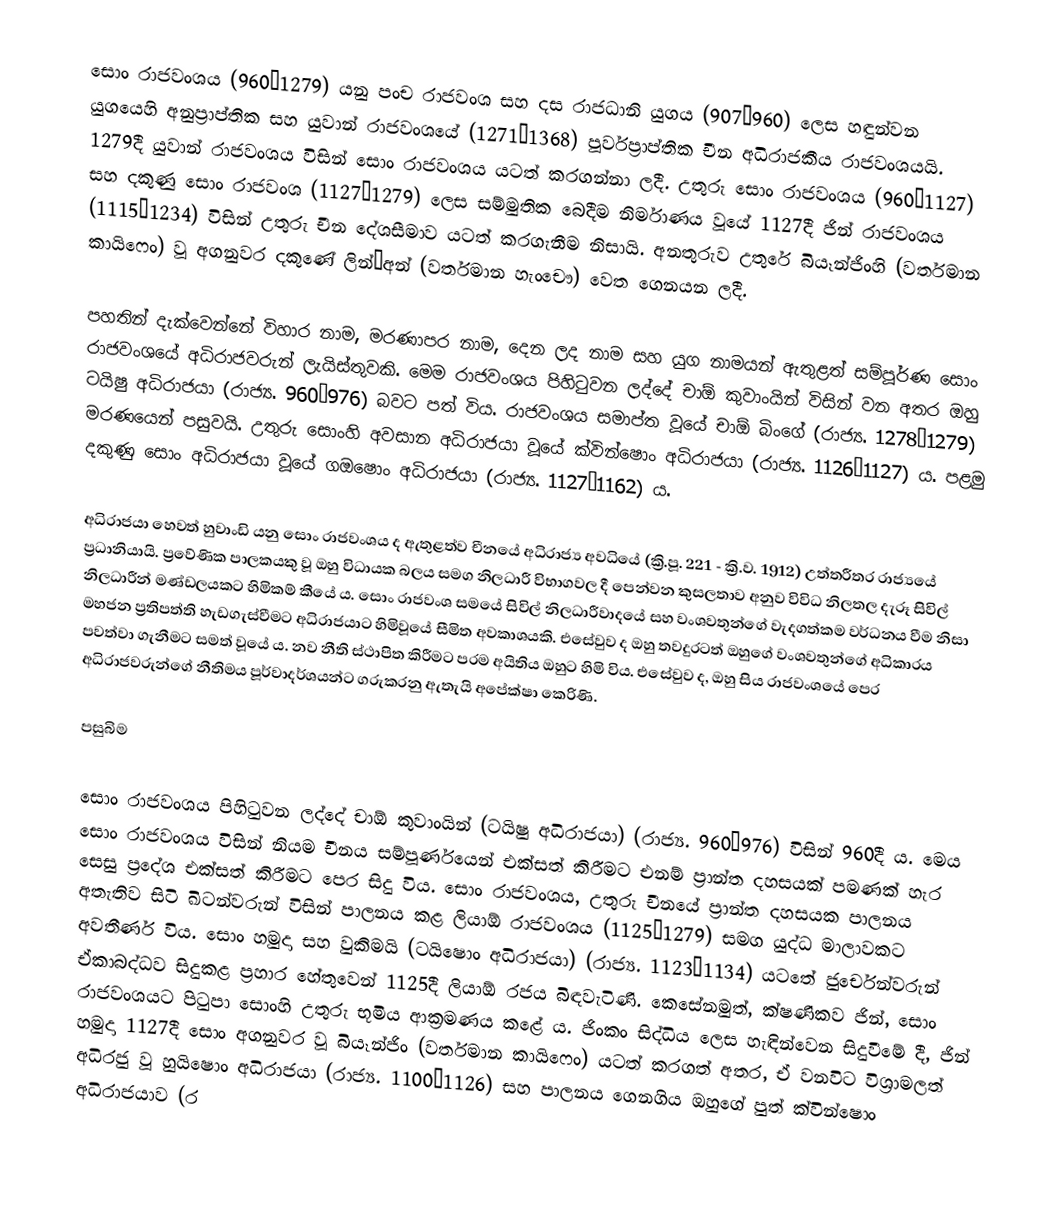
සොං රාජවංශය (960–1279) යනු පංච රාජවංශ සහ දස රාජධානි යුගය (907–960) ලෙස හඳුන්වන යුගයෙහි අනුප්‍රාප්තික සහ යුවාන් රාජවංශයේ (1271–1368) පූර්වප්‍රාප්තික චීන අධිරාජකීය රාජවංශයයි. 1279දී  යුවාන් රාජවංශය විසින් සොං රාජවංශය යටත් කරගන්නා ලදී. උතුරු සොං රාජවංශය (960–1127) සහ දකුණු සොං රාජවංශ (1127–1279) ලෙස සම්මුතික බෙදීම නිර්මාණය වූයේ 1127දී ජින් රාජවංශය (1115–1234) විසින් උතුරු චීන දේශසීමාව යටත් කරගැනීම නිසායි. අනතුරුව උතුරේ බියෑන්ජිංහි (වර්තමාන කායිෆෙං) වූ අගනුවර දකුණේ ලින්’අන් (වර්තමාන හැංචෞ) වෙත ගෙනයන ලදී.

පහතින් දැක්වෙන්නේ විහාර නාම, මරණාපර නාම, දෙන ලද නාම සහ යුග නාමයන් ඇතුළත් සම්පූර්ණ සොං රාජවංශයේ අධිරාජවරුන් ලැයිස්තුවකි. මෙම රාජවංශය පිහිටුවන ලද්දේ චාඕ කුවාංයින් විසින් වන අතර ඔහු ටයිෂු අධිරාජයා (රාජ්‍ය. 960–976) බවට පත් විය. රාජවංශය සමාප්ත වූයේ චාඕ බිංගේ (රාජ්‍ය. 1278–1279) මරණයෙන් පසුවයි. උතුරු සොංහි අවසාන අධිරාජයා වූයේ ක්වින්ෂොං අධිරාජයා (රාජ්‍ය. 1126–1127) ය. පළමු දකුණු සොං අධිරාජයා වූයේ ගඔෂොං අධිරාජයා (රාජ්‍ය. 1127–1162) ය.

අධිරාජයා හෙවත් හුවාංඩි යනු සොං රාජවංශය ද ඇතුළත්ව චීනයේ අධිරාජ්‍ය අවධියේ (ක්‍රි.පූ. 221 - ක්‍රි.ව. 1912) උත්තරීතර රාජ්‍යයේ ප්‍රධානියායි. ප්‍රවේණික පාලකයකු වූ ඔහු විධායක බලය සමග නිලධාරී විභාගවල දී පෙන්වන කුසලතාව අනුව විවිධ නිලතල දැරූ සිවිල් නිලධාරීන් මණ්ඩලයකට හිමිකම් කීයේ ය. සොං රාජවංශ සමයේ සිවිල් නිලධාරීවාදයේ සහ වංශවතුන්ගේ වැදගත්කම වර්ධනය වීම නිසා මහජන ප්‍රතිපත්ති හැඩගැස්වීමට අධිරාජයාට හිමිවූයේ සීමිත අවකාශයකි. එසේවුව ද ඔහු තවදුරටත් ඔහුගේ වංශවතුන්ගේ අධිකාරය පවත්වා ගැනීමට සමත් වූයේ ය. නව නීති ස්ථාපිත කිරීමට පරම අයිතිය ඔහුට හිමි විය. එසේවුව ද, ඔහු සිය රාජවංශයේ පෙර අධිරාජවරුන්ගේ නීතිමය පූර්වාදර්ශයන්ට ‍ගරුකරනු ඇතැයි අපේක්ෂා කෙරිණි.

පසුබිම

සොං රාජවංශය පිහිටුවන ලද්දේ චාඕ කුවාංයින් (ටයිෂු අධිරාජයා) (රාජ්‍ය. 960–976) විසින් 960දී ය. මෙය සොං රාජවංශය විසින් නියම චීනය සම්පූර්ණයෙන් එක්සත් කිරීමට එනම් ප්‍රාන්ත දහසයක් පමණක් හැර සෙසු ප්‍රදේශ එක්සත් කිරීමට පෙර සිදු විය. සොං රාජවංශය, උතුරු චීනයේ ප්‍රාන්ත දහසයක පාලනය අතැතිව සිටි ඛිටන්වරුන් විසින් පාලනය කළ ලියාඕ රාජවංශය (1125–1279) සමග යුද්ධ මාලාවකට අවතීර්ණ විය. සොං හමුදා සහ වුකිමයි (ටයිෂොං අධිරාජයා) (රාජ්‍ය. 1123–1134) යටතේ ජුර්චෙන්වරුන් ඒකාබද්ධව සිදුකළ ප්‍රහාර හේතුවෙන් 1125දී ලියාඕ රජය බිඳවැටිණි. කෙසේනමුත්, ක්ෂණිකව ජින්, සොං රාජවංශයට පිටුපා සොංහි උතුරු භූමිය ආක්‍රමණය කළේ ය. ජිංකං සිද්ධිය ලෙස හැඳින්වෙන සිදුවීමේ දී, ජින් හමුදා 1127දී සොං අගනුවර වූ බියෑන්ජිං (වර්තමාන කායිෆෙං) යටත් කරගත් අතර, ඒ වනවිට විශ්‍රාමලත් අධිරජු වූ හුයිෂොං අධිරාජයා (රාජ්‍ය. 1100–1126) සහ පාලනය ගෙනගිය ඔහුගේ පුත් ක්වින්ෂොං අධිරාජයාව (ර